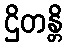
ဌိတန္တိ